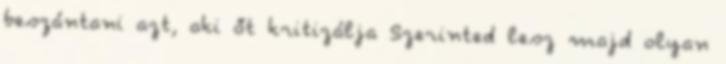
beszántani azt, aki őt kritizálja Szerinted lesz majd olyan